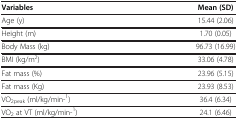
<table><thead><tr><td><b>Variables</b></td><td><b>Mean (SD)</b></td></tr></thead><tbody><tr><td>Age (y)</td><td>15.44 (2.06)</td></tr><tr><td>Height (m)</td><td>1.70 (0.05)</td></tr><tr><td>Body Mass (kg)</td><td>96.73 (16.99)</td></tr><tr><td>BMI (kg/m<sup>2</sup>)</td><td>33.06 (4.78)</td></tr><tr><td>Fat mass (%)</td><td>23.96 (5.15)</td></tr><tr><td>Fat mass (Kg)</td><td>23.93 (8.53)</td></tr><tr><td>VO<sub>2peak</sub> (ml/kg/min-<sup>1</sup>)</td><td>36.4 (6.34)</td></tr><tr><td>VO<sub>2</sub> at VT (ml/kg/min-<sup>1</sup>)</td><td>24.1 (6.46)</td></tr></tbody></table>